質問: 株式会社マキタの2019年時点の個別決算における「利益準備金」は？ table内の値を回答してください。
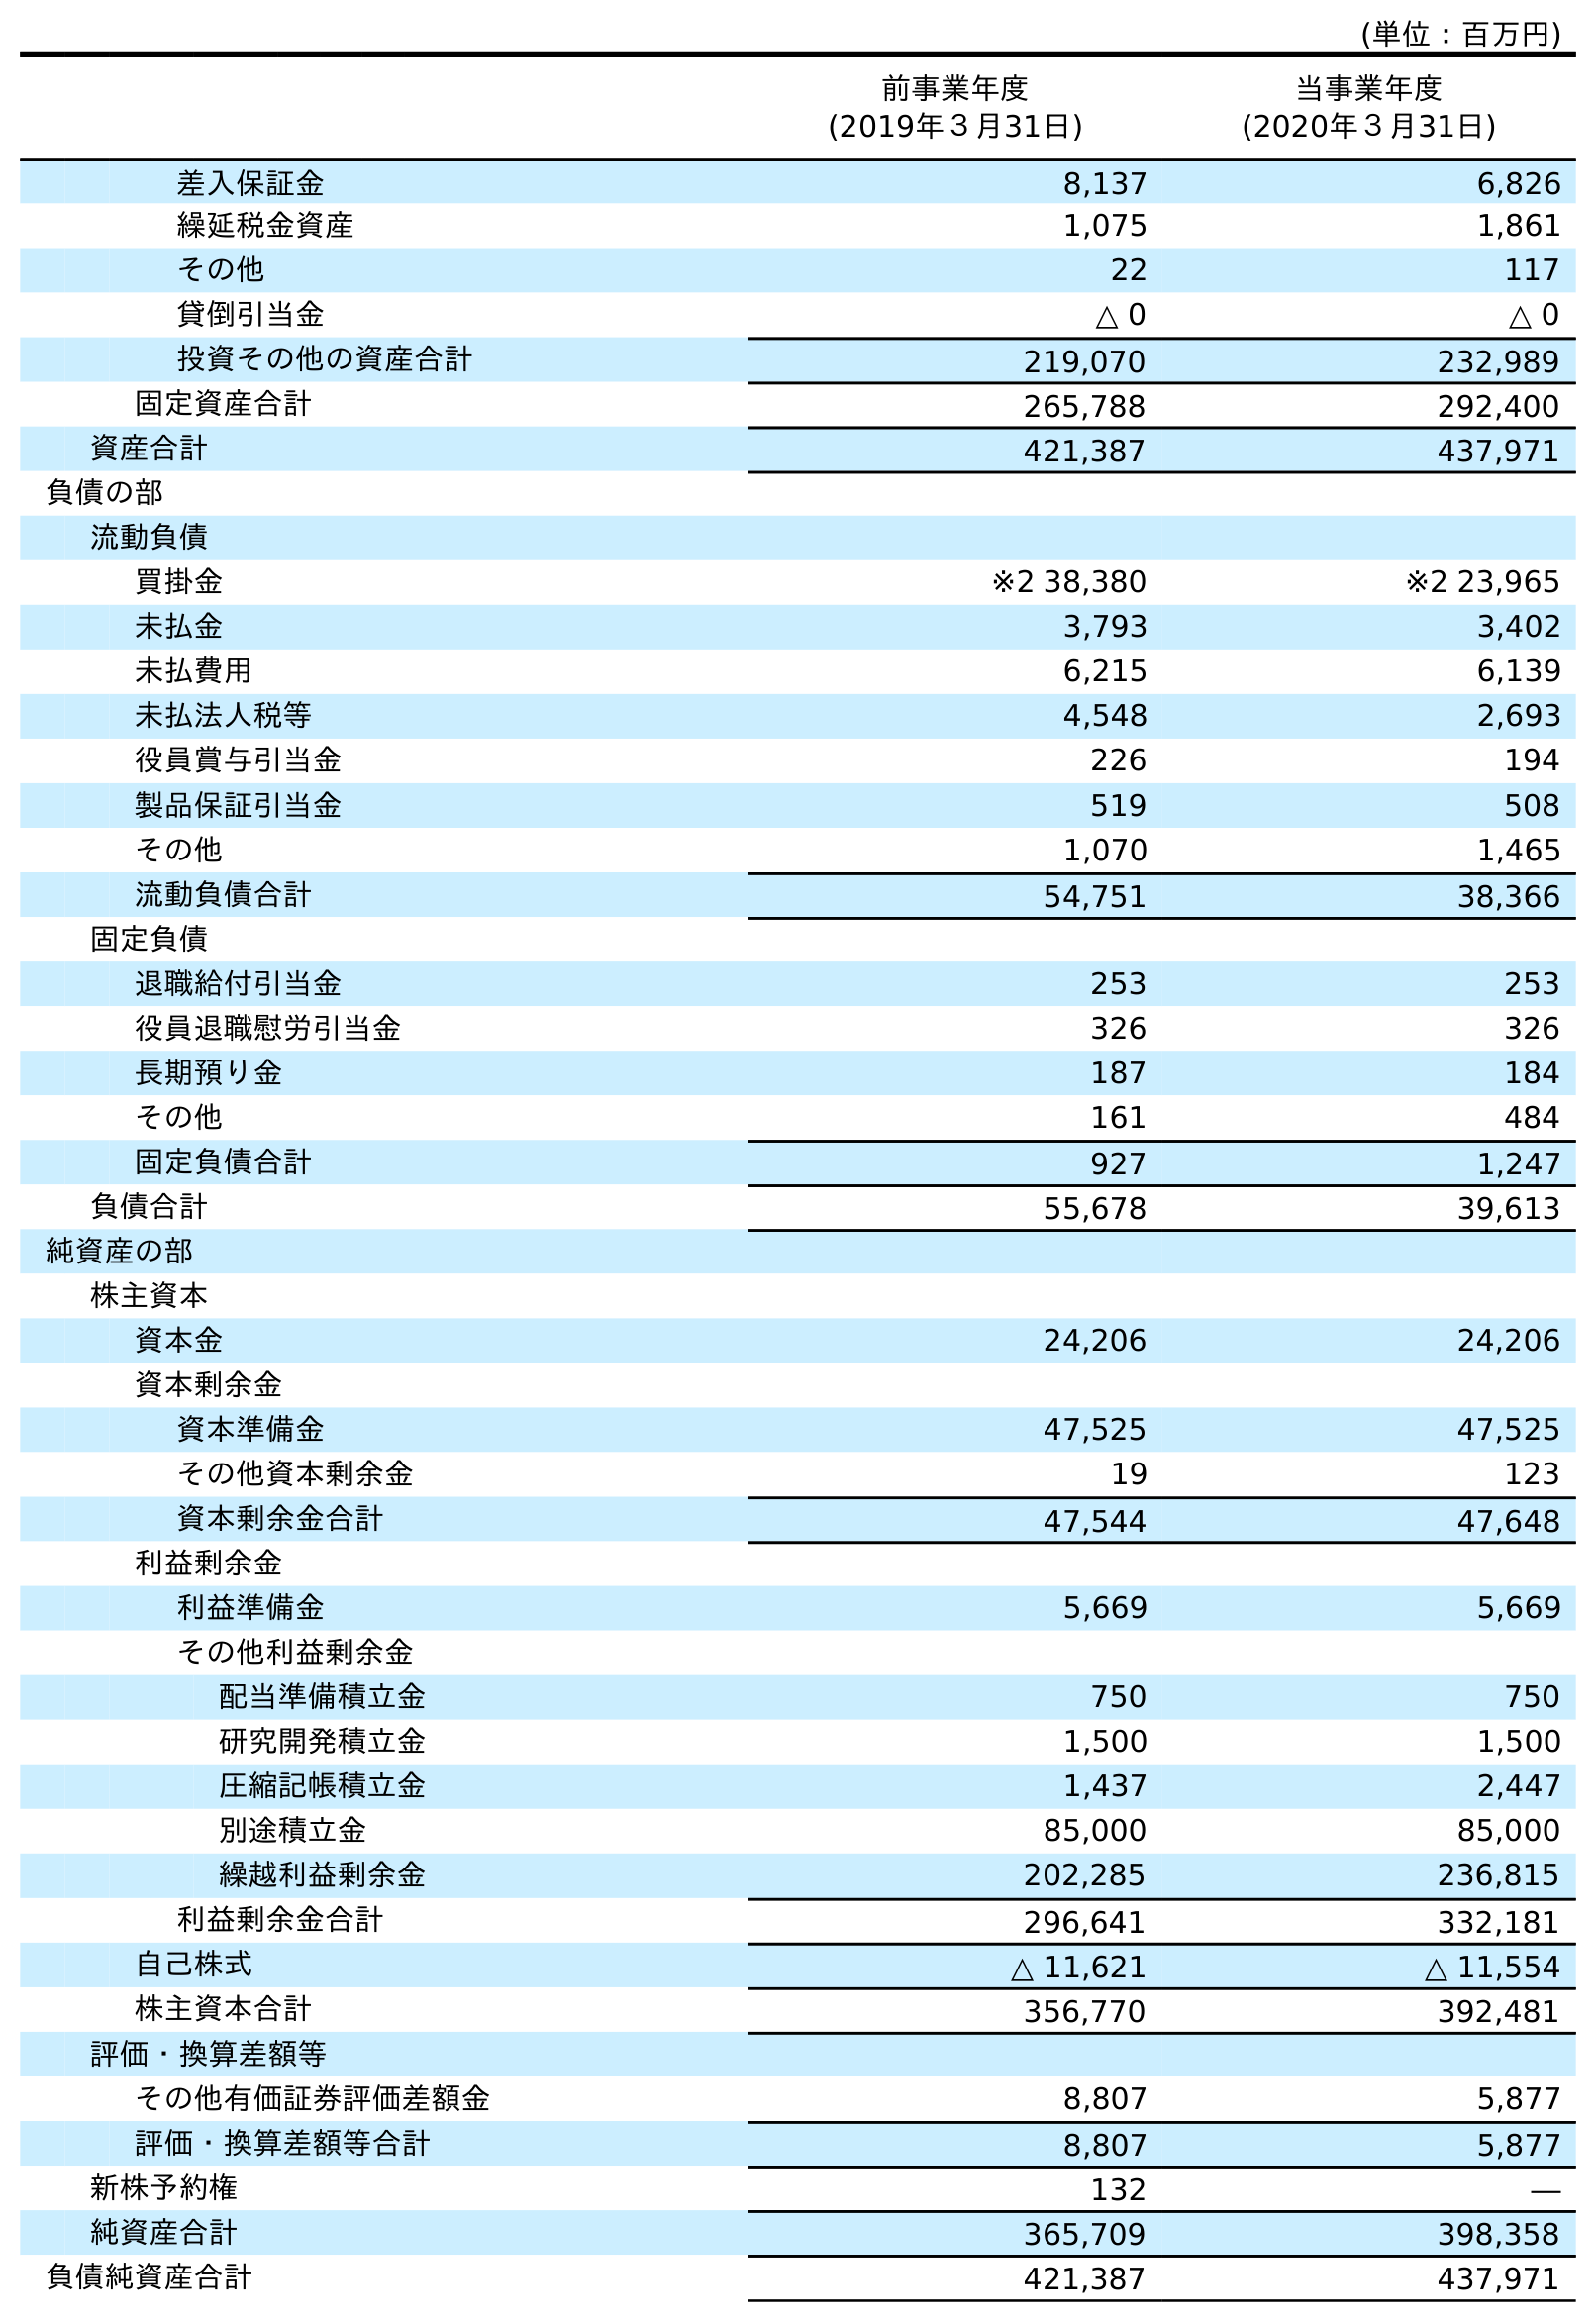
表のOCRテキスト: (単位：百万円) 前事業年度 (2019年３月31日) 当事業年度 (2020年３月31日) 差入保証金 8,137 6,826 繰延税金資産 1,075 1,861 その他 22 117 貸倒引当金 △ 0 △ 0 投資その他の資産合計 219,070 232,989 固定資産合計 265,788 292,400 資産合計 421,387 437,971 負債の部 流動負債 買掛金 ※2 38,380 ※2 23,965 未払金 3,793 3,402 未払費用 6,215 6,139 未払法人税等 4,548 2,693 役員賞与引当金 226 194 製品保証引当金 519 508 その他 1,070 1,465 流動負債合計 54,751 38,366 固定負債 退職給付引当金 253 253 役員退職慰労引当金 326 326 長期預り金 187 184 その他 161 484 固定負債合計 927 1,247 負債合計 55,678 39,613 純資産の部 株主資本 資本金 24,206 24,206 資本剰余金 資本準備金 47,525 47,525 その他資本剰余金 19 123 資本剰余金合計 47,544 47,648 利益剰余金 利益準備金 5,669 5,669 その他利益剰余金 配当準備積立金 750 750 研究開発積立金 1,500 1,500 圧縮記帳積立金 1,437 2,447 別途積立金 85,000 85,000 繰越利益剰余金 202,285 236,815 利益剰余金合計 296,641 332,181 自己株式 △ 11,621 △ 11,554 株主資本合計 356,770 392,481 評価・換算差額等 その他有価証券評価差額金 8,807 5,877 評価・換算差額等合計 8,807 5,877 新株予約権 132 ― 純資産合計 365,709 398,358 負債純資産合計 421,387 437,971
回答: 5,669